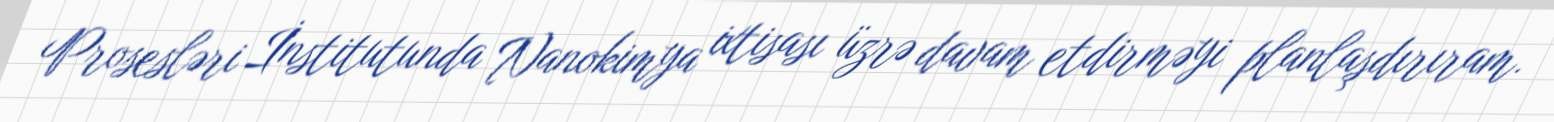
Prosesləri İnstitutunda Nanokimya ixtisası üzrə davam etdirməyi planlaşdırıram.